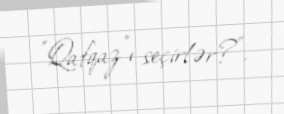
"Qafqaz"ı seçirlər?".